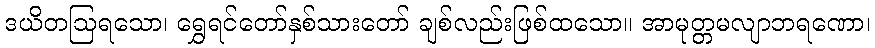
ဒယိတဩရသော၊ ရွှေရင်တော်နှစ်သားတော် ချစ်လည်းဖြစ်ထသော။ အာမုတ္တမလျာဘရဏော၊